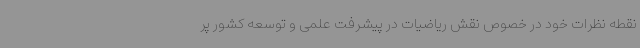
نقطه نظرات خود در خصوص نقش ریاضیات در پیشرفت علمی و توسعه کشور پر